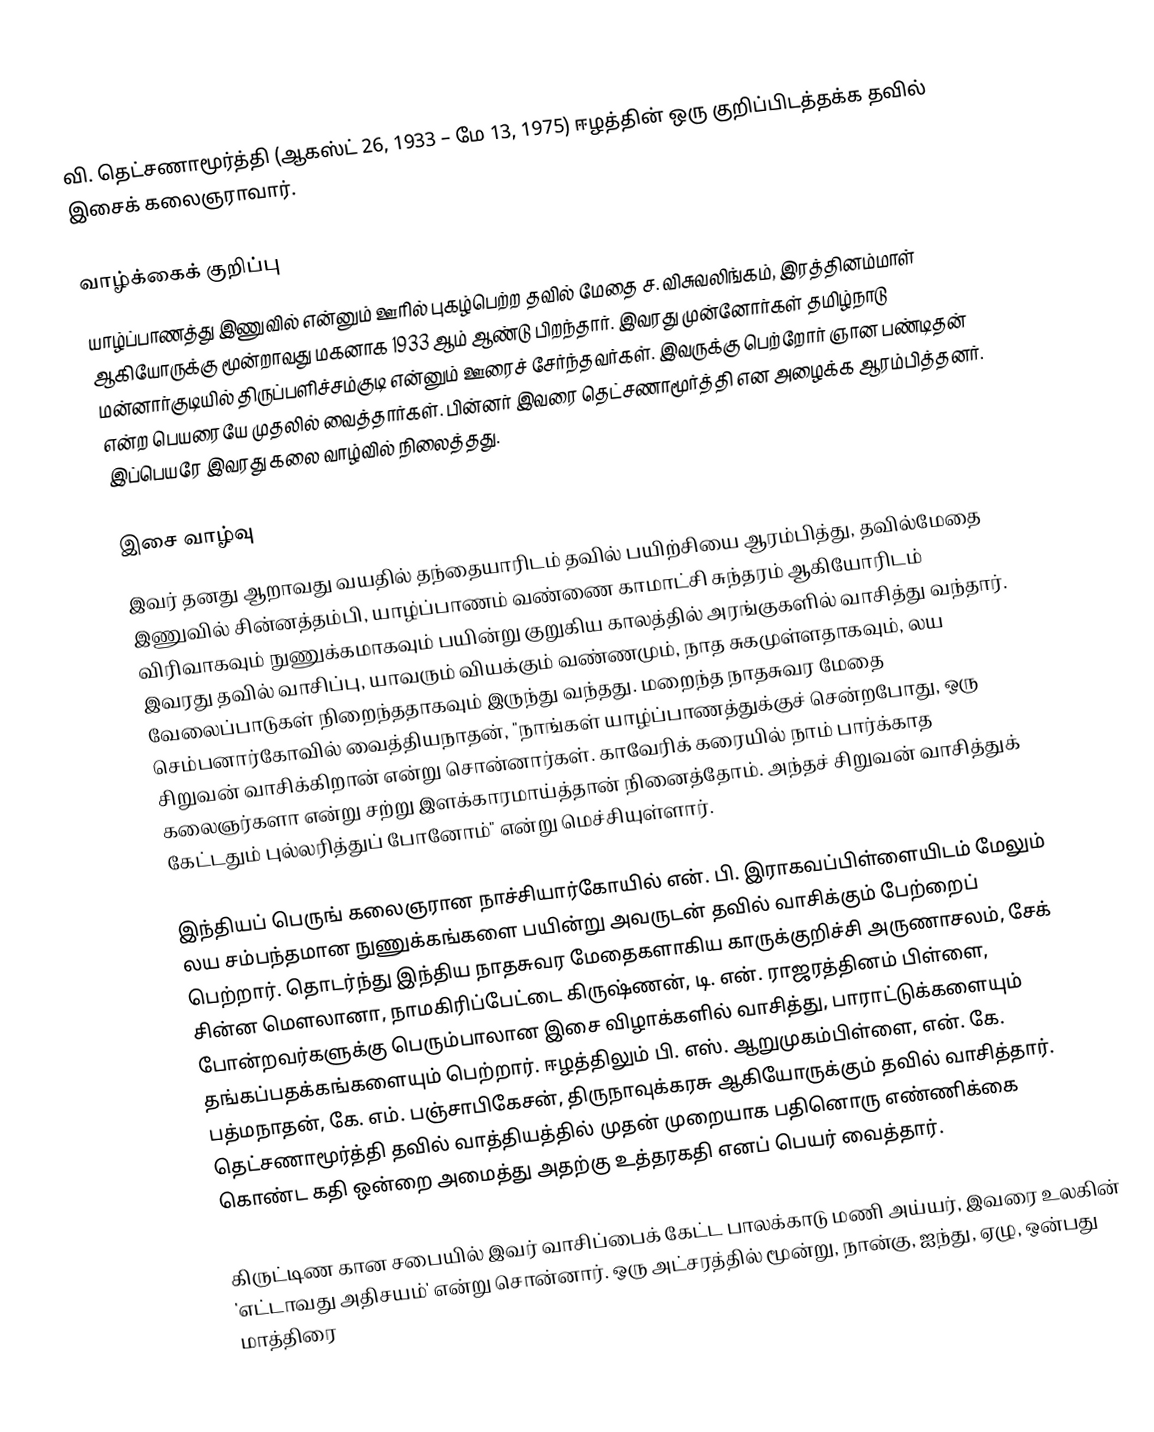
வி. தெட்சணாமூர்த்தி (ஆகஸ்ட் 26, 1933 – மே 13, 1975) ஈழத்தின் ஒரு குறிப்பிடத்தக்க தவில் இசைக் கலைஞராவார்.

வாழ்க்கைக் குறிப்பு
யாழ்ப்பாணத்து இணுவில் என்னும் ஊரில் புகழ்பெற்ற தவில் மேதை ச. விசுவலிங்கம், இரத்தினம்மாள் ஆகியோருக்கு மூன்றாவது மகனாக 1933 ஆம் ஆண்டு பிறந்தார். இவரது முன்னோர்கள் தமிழ்நாடு மன்னார்குடியில் திருப்பளிச்சம்குடி என்னும் ஊரைச் சேர்ந்தவர்கள். இவருக்கு பெற்றோர் ஞான பண்டிதன் என்ற பெயரையே முதலில் வைத்தார்கள். பின்னர் இவரை தெட்சணாமூர்த்தி என அழைக்க ஆரம்பித்தனர். இப்பெயரே இவரது கலை வாழ்வில் நிலைத்தது.

இசை வாழ்வு
இவர் தனது ஆறாவது வயதில் தந்தையாரிடம் தவில் பயிற்சியை ஆரம்பித்து, தவில்மேதை இணுவில் சின்னத்தம்பி, யாழ்ப்பாணம் வண்ணை காமாட்சி சுந்தரம் ஆகியோரிடம் விரிவாகவும் நுணுக்கமாகவும் பயின்று குறுகிய காலத்தில் அரங்குகளில் வாசித்து வந்தார். இவரது தவில் வாசிப்பு, யாவரும் வியக்கும் வண்ணமும், நாத சுகமுள்ளதாகவும், லய வேலைப்பாடுகள் நிறைந்ததாகவும் இருந்து வந்தது. மறைந்த நாதசுவர மேதை செம்பனார்கோவில் வைத்தியநாதன், "நாங்கள் யாழ்ப்பாணத்துக்குச் சென்றபோது, ஒரு சிறுவன் வாசிக்கிறான் என்று சொன்னார்கள். காவேரிக் கரையில் நாம் பார்க்காத கலைஞர்களா என்று சற்று இளக்காரமாய்த்தான் நினைத்தோம். அந்தச் சிறுவன் வாசித்துக் கேட்டதும் புல்லரித்துப் போனோம்" என்று மெச்சியுள்ளார்.

இந்தியப் பெருங் கலைஞரான நாச்சியார்கோயில் என். பி. இராகவப்பிள்ளையிடம் மேலும் லய சம்பந்தமான நுணுக்கங்களை பயின்று அவருடன் தவில் வாசிக்கும் பேற்றைப் பெற்றார். தொடர்ந்து இந்திய நாதசுவர மேதைகளாகிய காருக்குறிச்சி அருணாசலம், சேக் சின்ன மௌலானா, நாமகிரிப்பேட்டை கிருஷ்ணன், டி. என். ராஜரத்தினம் பிள்ளை, போன்றவர்களுக்கு பெரும்பாலான இசை விழாக்களில் வாசித்து, பாராட்டுக்களையும் தங்கப்பதக்கங்களையும் பெற்றார். ஈழத்திலும் பி. எஸ். ஆறுமுகம்பிள்ளை, என். கே. பத்மநாதன், கே. எம். பஞ்சாபிகேசன், திருநாவுக்கரசு ஆகியோருக்கும் தவில் வாசித்தார். தெட்சணாமூர்த்தி தவில் வாத்தியத்தில் முதன் முறையாக பதினொரு எண்ணிக்கை கொண்ட கதி ஒன்றை அமைத்து அதற்கு உத்தரகதி எனப் பெயர் வைத்தார்.

கிருட்டிண கான சபையில் இவர் வாசிப்பைக் கேட்ட பாலக்காடு மணி அய்யர், இவரை உலகின் 'எட்டாவது அதிசயம்' என்று சொன்னார். ஒரு அட்சரத்தில் மூன்று, நான்கு, ஐந்து, ஏழு, ஒன்பது மாத்திரை